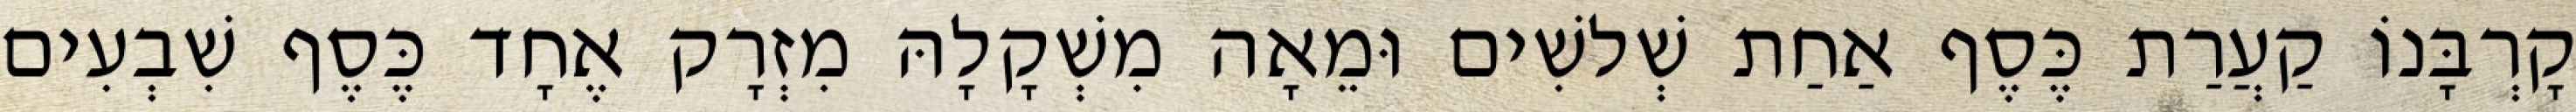
קָרְבָּנוֹ קַעֲרַת כֶּסֶף אַחַת שְׁלשִׁים וּמֵאָה מִשְׁקָלָהּ מִזְרָק אֶחָד כֶּסֶף שִׁבְעִים